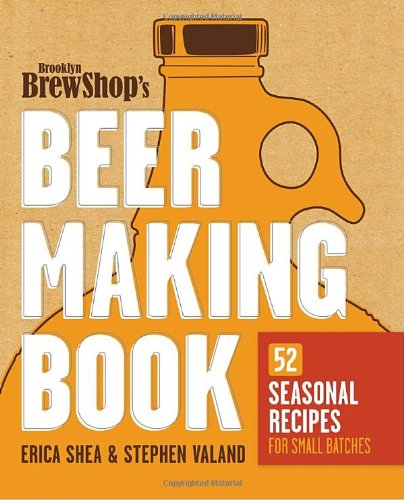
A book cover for Brooklyn Brew Shop's Beer Making Book: 52 Seasonal Recipes for Small Batches; Erica Shea; Cookbooks, Food & Wine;